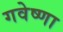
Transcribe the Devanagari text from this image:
गवेष्णा